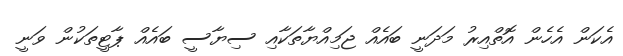
އެކަން އެހެން އޮތްއިރު މަދަނީ ބައެއް ޖަމިއްޔާތަކާއި ސިޔާސީ ބައެއް ޕާޓީތަކުން ވަނީ